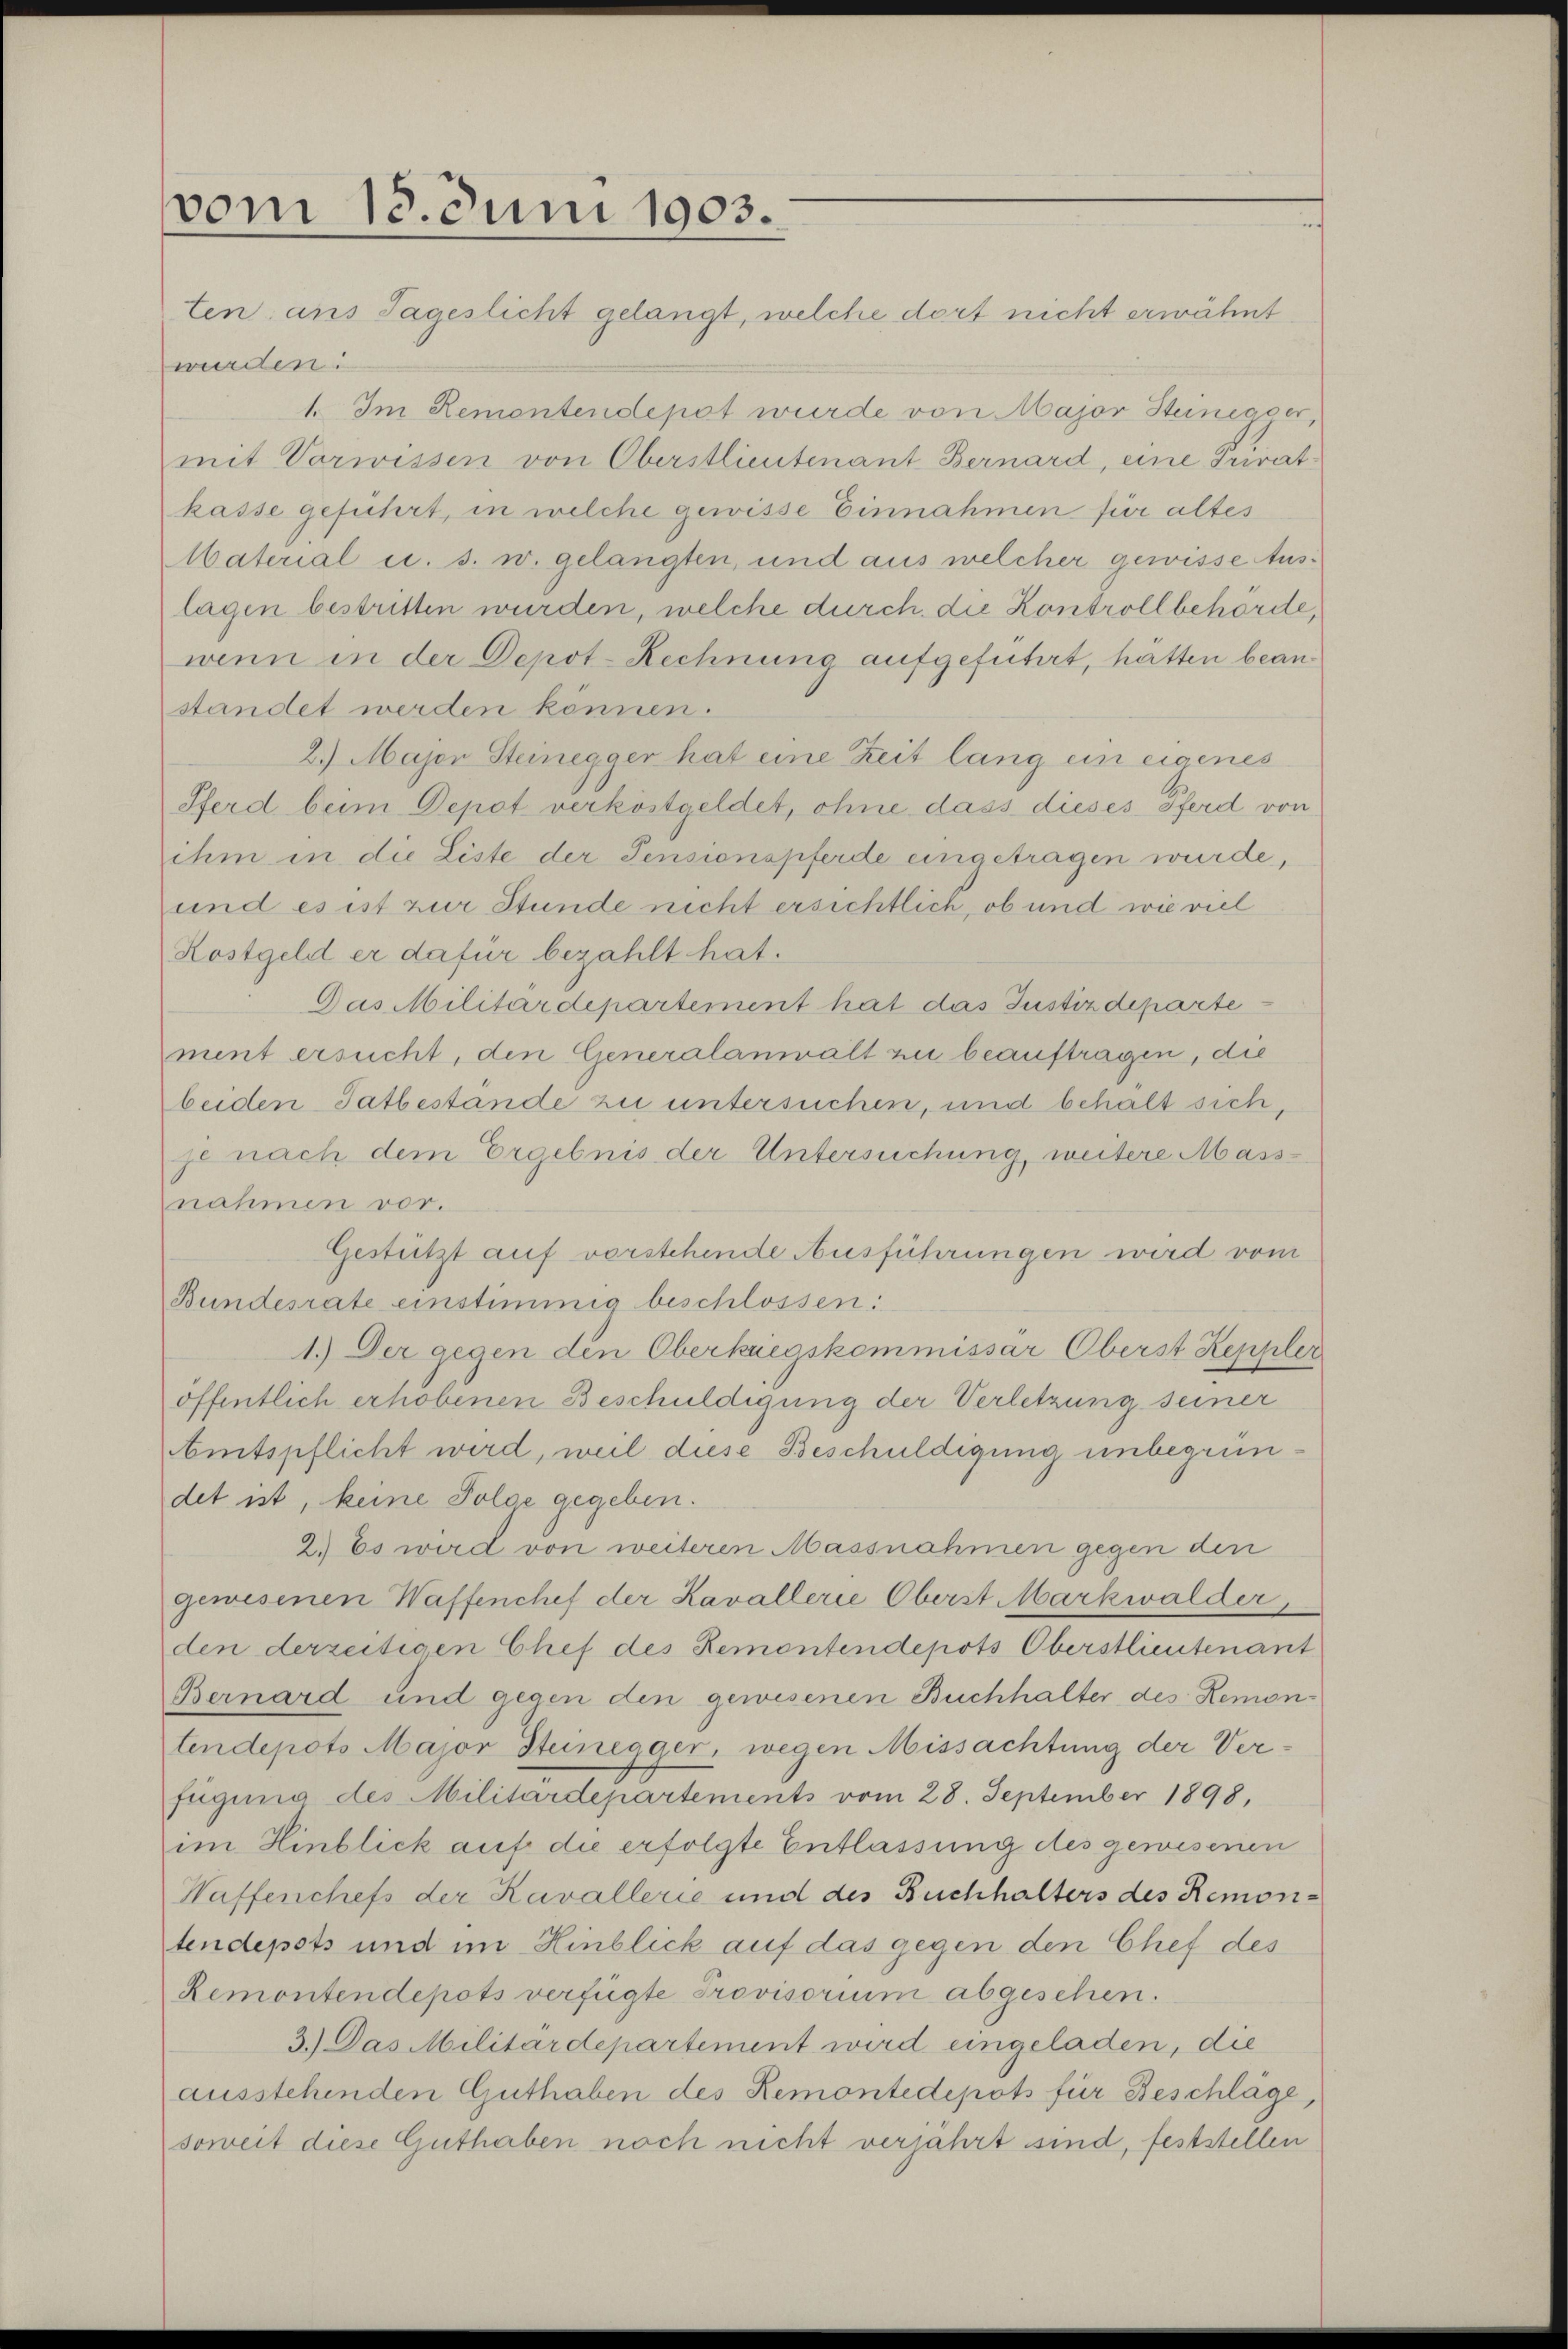
vom 13. Juni 1903.

ten; aus Tageslicht gelangt, welche dort nicht erwähnt
würden.
1. Im Remontendepot wurde von Major Steinigger,
mit Vorwissen von Oberstlieutenant Bernard, eine Privatkasse geführt, in welche gewisse Einnahmen für altes
Material u. s. w. gelangten, und aus welcher gewisse Auslagen bestritten wurden, welche durch die Kontrollbehörde,
wenn in der Depot-Rechnung aufgeführt, hätten beanstandet werden können.
2.) Majen Steinegger hat eine Zeit lang ein eigenes
Pferd beim Depot verköstgeldet, ohne dass dieses Pferd von
ihm in die Liste der Pensionspferde eingetragen wurde,
und es ist zur Stunde nicht ersichtlich, ob und wie viel
Kostgeld er dafür bezahlt hat.
Das Militärdepartement hat das Justizdeparte
ment ersucht, den Generalanwalt zu beauftragen, die
beiden Tatbestände zu untersuchen, und behalt sich,
je nach dem Ergebnis der Untersuchung, weitere Mass-
nahmen vor.
Gestützt auf verstehende Ausführungen wird vom
Bundesrate einstimmig beschlossen:
1.) Der gegen den Oberkuegskommissar Oberst Keppler
öffentlich erhobenen Beschuldigung der Verletzung seiner
Amtspflicht wird, weil diese Beschuldigung unbegründet ist, keine Folge gegeben.
2.) Es wird von weiteren Massnahmen gegen den
gewesenen Waffenchef der Kavallerie Oberst Markwalder,
den derzeitigen Chef des Remontendepots Oberstlieutenant
Bernard und gegen den gewesenen Buchhalter des Remon-
tendepots Major Steinegger, wegen Missachtung der Verfügung des Militärdepartements vom 28. September 1898,
im Hinblick auf die erfolgte Entlassung des gewesenen
Waffenchefs der Kavallerie und des Buchhalters des Remon-
tendepots und im Hinblick auf das gegen den Chef des
Remontendepots verfügte Provisorium abgesehen.
3.) Das Militärdepartement wird eingeladen, die
ausstehenden Guthaben des Remontedepots für Beschläge,
soweit diese Guthaben noch nicht verjährt sind, feststellen